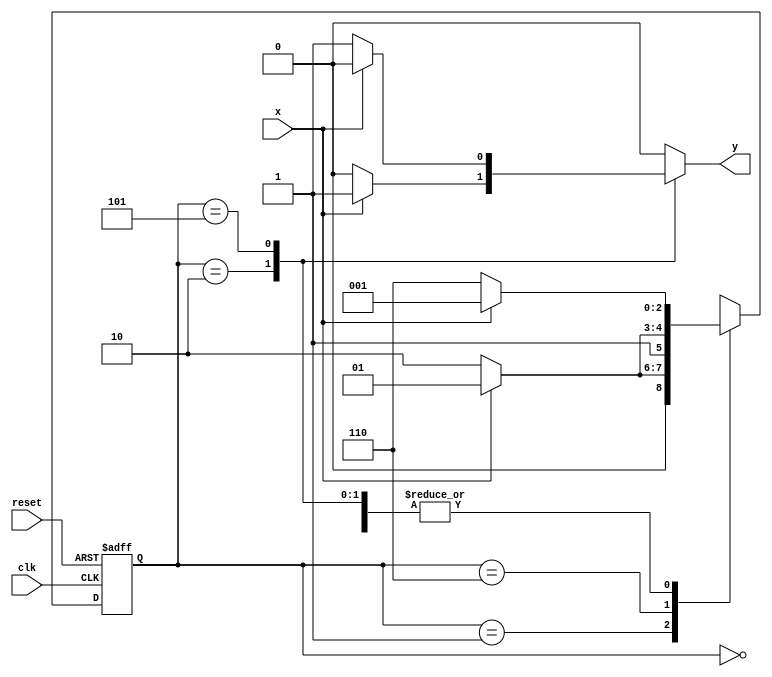
// constant definitions
`define found    1
`define notfound 0

// FSM by Mealy
module exercicio4_seq111_000 ( y, x, clk, reset );

	output y;
	input  x;
	input  clk;
	input  reset;

	reg    y;

	parameter         // state identifiers 
		start  = 3'b000,
		id1    = 3'b001,
		id0    = 3'b110,
		id11   = 3'b010,
		id00   = 3'b101;

	reg [2:0] E1;	// current state variables
	reg [2:0] E2;	// next state logic output

	// next state logic
   always @( x or E1 )
		begin
		y = `notfound;

		case ( E1 )
			start:
				if ( x )
					E2 = id1;
				else
					E2 = id0;
				
			id1:
				if ( x )
					E2 = id1;
				else
					E2 = id11;

			id11:
				if ( x )
				begin
					E2 =  id1;
					y  = `found;
				end
				else
				begin
					E2 =  id0;
					y  = `notfound;
				end
			
			id0:
				if ( x )
					E2 = id00;
				else
					E2 = id0;

			id00:
				if ( x )
				begin
					E2 =  id1;
					y  = `notfound;
				end
				else
				begin
					E2 =  id0;
					y  = `found;
				end
	 
			default:   // undefined state
				E2 =  3'bxxx;
		endcase
	  
		end // always at signal or state changing
		

	// state variables
		always @( posedge clk or negedge reset )
		begin
			if ( reset )
				E1 = E2;    // updates current state
			else
				E1 = 0;     // reset
		end // always at signal changing

endmodule // exercicio4_seq111_000

module Exercicio4;
	
	reg   clk, reset, x;
	wire  m1;

	exercicio4_seq111_000 M4( m1, x, clk, reset );

	initial
	begin
		$display("Guia 10 - Braulio Lima e Andrade - 380749");
		$display("\nTime\tX   Seq 111|000" );


	// initial values
       clk   = 1;
       reset = 0;
       x     = 0;

	// input signal changing
		#10   reset = 1;
		#10  x = 1;
		#10  x = 0;
		#10  x = 0;
		#10  x = 1;
		#10  x = 0;
		#10  x = 1;
		#10  x = 1;
		#10  x = 1;
		#10  x = 1;
		#10  x = 0;
		#10  x = 1;
		#10  x = 1;
		#10  x = 1;
		#10  x = 0;
		#10  x = 1;
		#10  x = 0;
		#10  x = 0;
		#10  x = 0;
		
		#5 $finish;
	
	end // initial

	always
		#5 clk = ~clk;

	always @( posedge clk )
	begin
		$display ( "%4d \t%b\t%b", $time, x, m1);
	end // always at positive edge clocking changing

endmodule